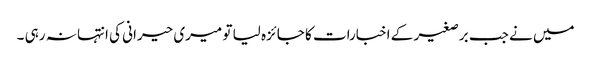
میں نے جب برصغیر کے اخبارات کا جائزہ لیا تو میری حیرانی کی انتہا نہ رہی ۔